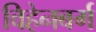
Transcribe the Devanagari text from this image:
विहेनबर्ग